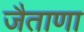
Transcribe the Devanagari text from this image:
जैताणा